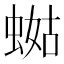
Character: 𧍏